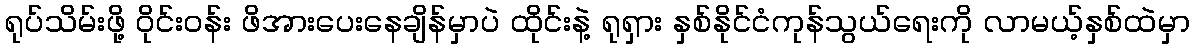
ရုပ်သိမ်းဖို့ ဝိုင်းဝန်း ဖိအားပေးနေချိန်မှာပဲ ထိုင်းနဲ့ ရုရှား နှစ်နိုင်ငံကုန်သွယ်ရေးကို လာမယ့်နှစ်ထဲမှာ